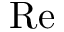
\mathrm { R e }